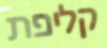
קליפת